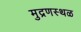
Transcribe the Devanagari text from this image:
मुद्रणस्थळ